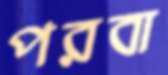
পরবা